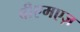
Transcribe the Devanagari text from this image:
वीएमएज़